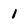
Character: 1